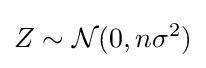
Z\sim {\mathcal {N}}(0,n\sigma ^{2})